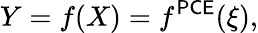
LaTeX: Y=f(X)=f^{\textsf{PCE}}(\xi),